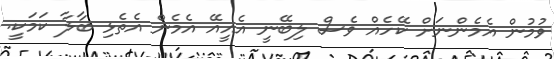
ވުމުން އެމެންނަށް ކޭހެއް ވެސް ލިބޭނީ އެއީއޭ އެމެން އެތެޅި ބާލާ ކަމަކީ.